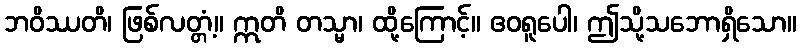
ဘဝိဿတိ၊ ဖြစ်လတ္တံ့။ ဣတိ တသ္မာ၊ ထို့ကြောင့်။ ဧဝရူပေါ၊ ဤသို့သဘောရှိသော။